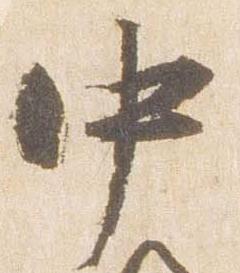
中